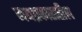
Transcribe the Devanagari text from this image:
गद्यप्रकारातील